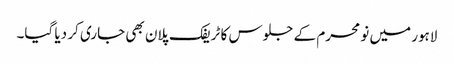
لاہور میں نو محرم کے جلوس کا ٹریفک پلان بھی جاری کر دیا گیا۔